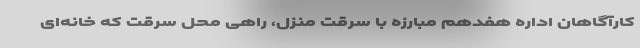
کارآگاهان اداره هفدهم مبارزه با سرقت منزل، راهی محل سرقت که خانه‌ای